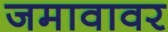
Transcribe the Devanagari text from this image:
जमावावर